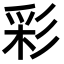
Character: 彩